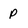
Character: p